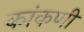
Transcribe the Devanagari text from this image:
कांकणी